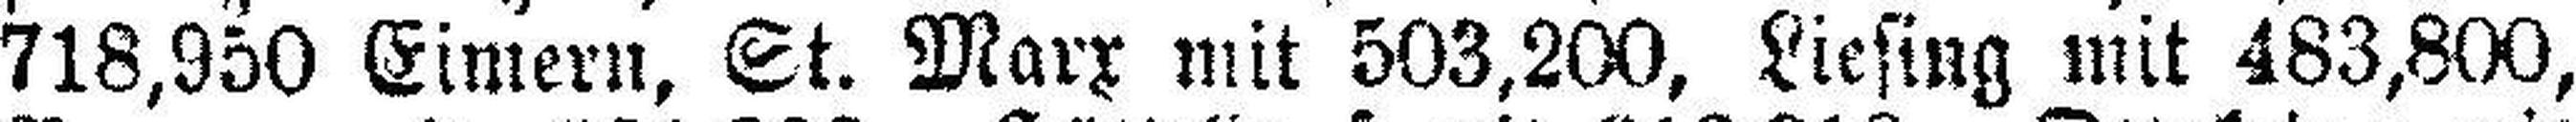
718,950 Eimern, St. Marx mit 503,200, Liesing mit 483,800,